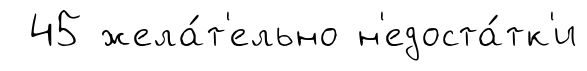
45 жела́т'ельно н'едоста́тк'и